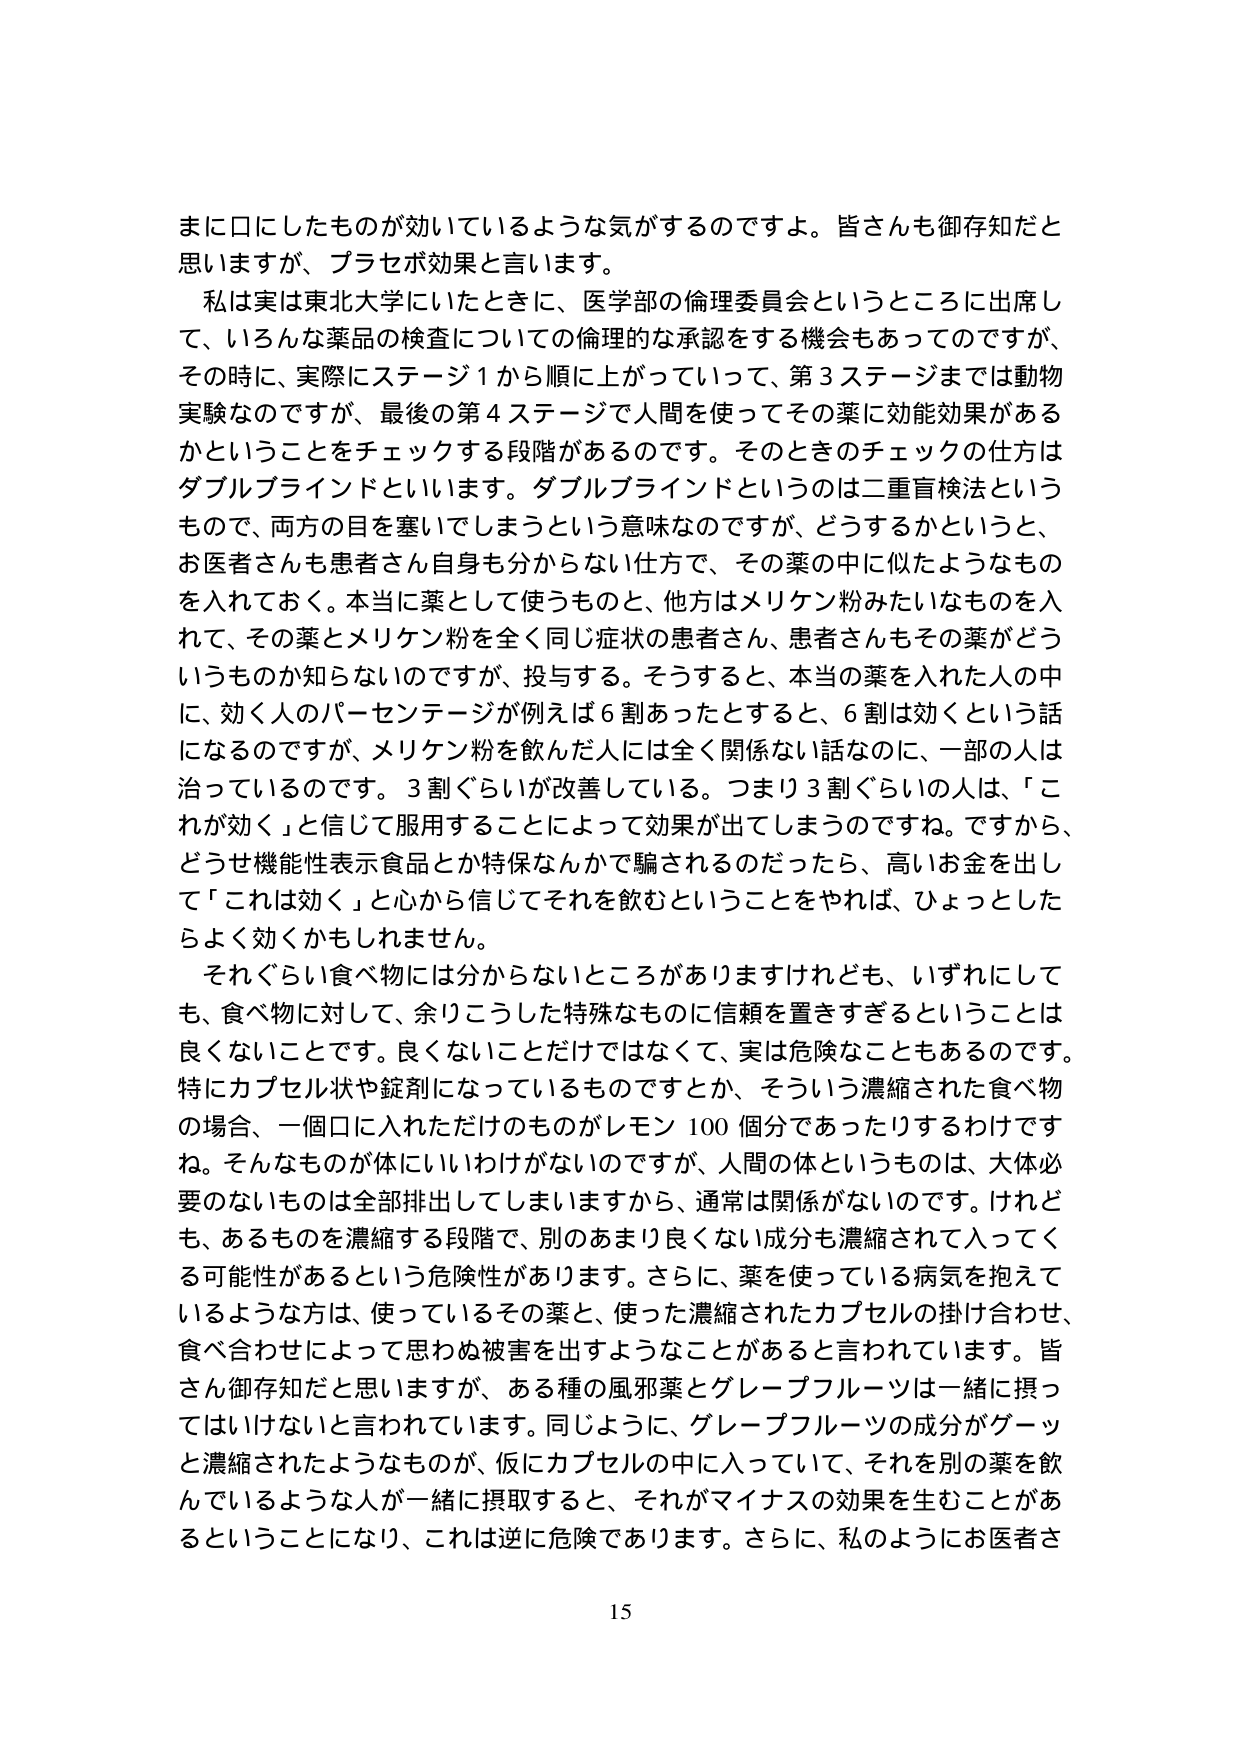
まに口にしたものが効いているような気がするのですよ。皆さんも御存知だと思いますが、プラセボ効果と言います。

私は実は東北大学にいたときに、医学部の倫理委員会というところに出席して、いろんな薬品の検査についての倫理的な承認をする機会もあってのですが、その時に、実際にステージ1から順に上がっていくって、第3ステージまでは動物実験なのですが、最後の第4ステージで人間を使ってその薬に効能効果があるかということをチェックする段階があるのです。そのときのチェックの仕方はダブルブラインドといいます。ダブルブラインドというのは二重盲検法というもんで、両方の目を塞いでしまうという意味なのですが、どうするかというと、お医者さんも患者さん自身も分からない仕方で、その薬の中に似たようなものを入れておく。本当に薬として使うものと、他方はメリケン粉みたいなものを入れて、その薬とメリケン粉を全く同じ症状の患者さん、患者さんもその薬がどういうものか知らないのですが、投与する。そうすると、本当の薬を入れた人の中に、効く人のパーセンテージが例えば6割あったとすると、6割は効くという話になるのですが、メリケン粉を飲んだ人には全く関係ない話なのに、一部の人は治っているのです。3割ぐらいが改善している。つまり3割ぐらいの人は、「これが効く」と信じて服用することによって効果が出てしまうのですね。ですから、どうせ機能性表示食品とか特保なんかで騙されるのだったら、高いお金を出して「これは効く」と心から信じてそれを飲むということをやれば、ひょっとしたらよく効くかもしれません。

それぐらい食べ物には分からないところがありますけれども、いずれにしても、食べ物に対して、余りこうした特殊なものに信頼を置きすぎるということは良くないことです。良くないことだけではなくて、実は危険なこともあるのです。特にカプセル状や錠剤になっているものですから、そういう濃縮された食べ物の場合、一個口に入れただけのものがレモン100個分であったりするわけですね。そんなものが体にいいわけがないのですが、人間の体というものは、大体必要のないものは全部排出してしまいますから、通常は関係がないのです。けれども、あるものを濃縮する段階で、別のあまり良くない成分も濃縮されて入ってくる可能性があるという危険性があります。さらに、薬を使っている病気を抱えているような方は、使っているその薬と、使った濃縮されたカプセルの掛け合わせ、食べ合わせによって思わぬ被害を出すようなことがあると言われています。皆さん御存知だと思いますが、ある種の風邪薬とグレープフルーツは一緒に摂ってはいけないと言われています。同じように、グレープフルーツの成分がゲーッと濃縮されたようなものが、仮にカプセルの中に入っていて、それを別の薬を飲んでいるような人が一緒に摂取すると、それがマイナスの効果を生むことがあるということになり、これは逆に危険であります。さらに、私のようにお医者さ

15